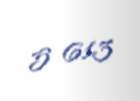
5 613